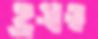
হ্রস্বত্ব